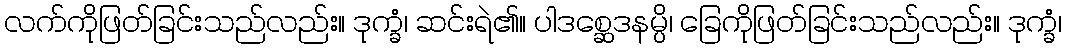
လက်ကိုဖြတ်ခြင်းသည်လည်း။ ဒုက္ခံ၊ ဆင်းရဲ၏။ ပါဒစ္ဆေဒနမ္ပိ၊ ခြေကိုဖြတ်ခြင်းသည်လည်း။ ဒုက္ခံ၊